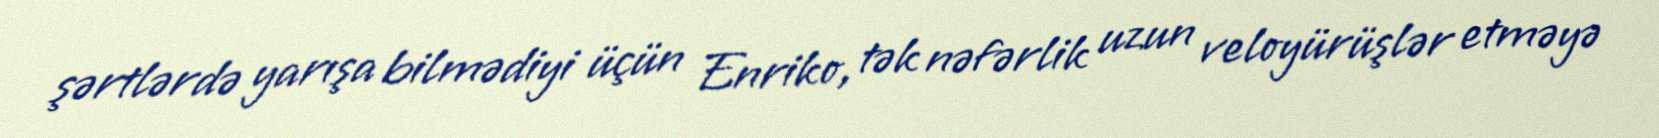
şərtlərdə yarışa bilmədiyi üçün Enriko, tək nəfərlik uzun veloyürüşlər etməyə